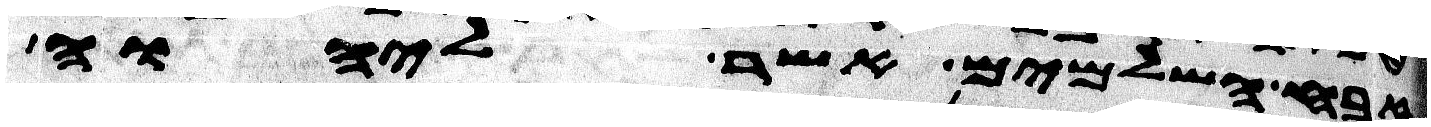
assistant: זבח השלמים אשר ליהוה